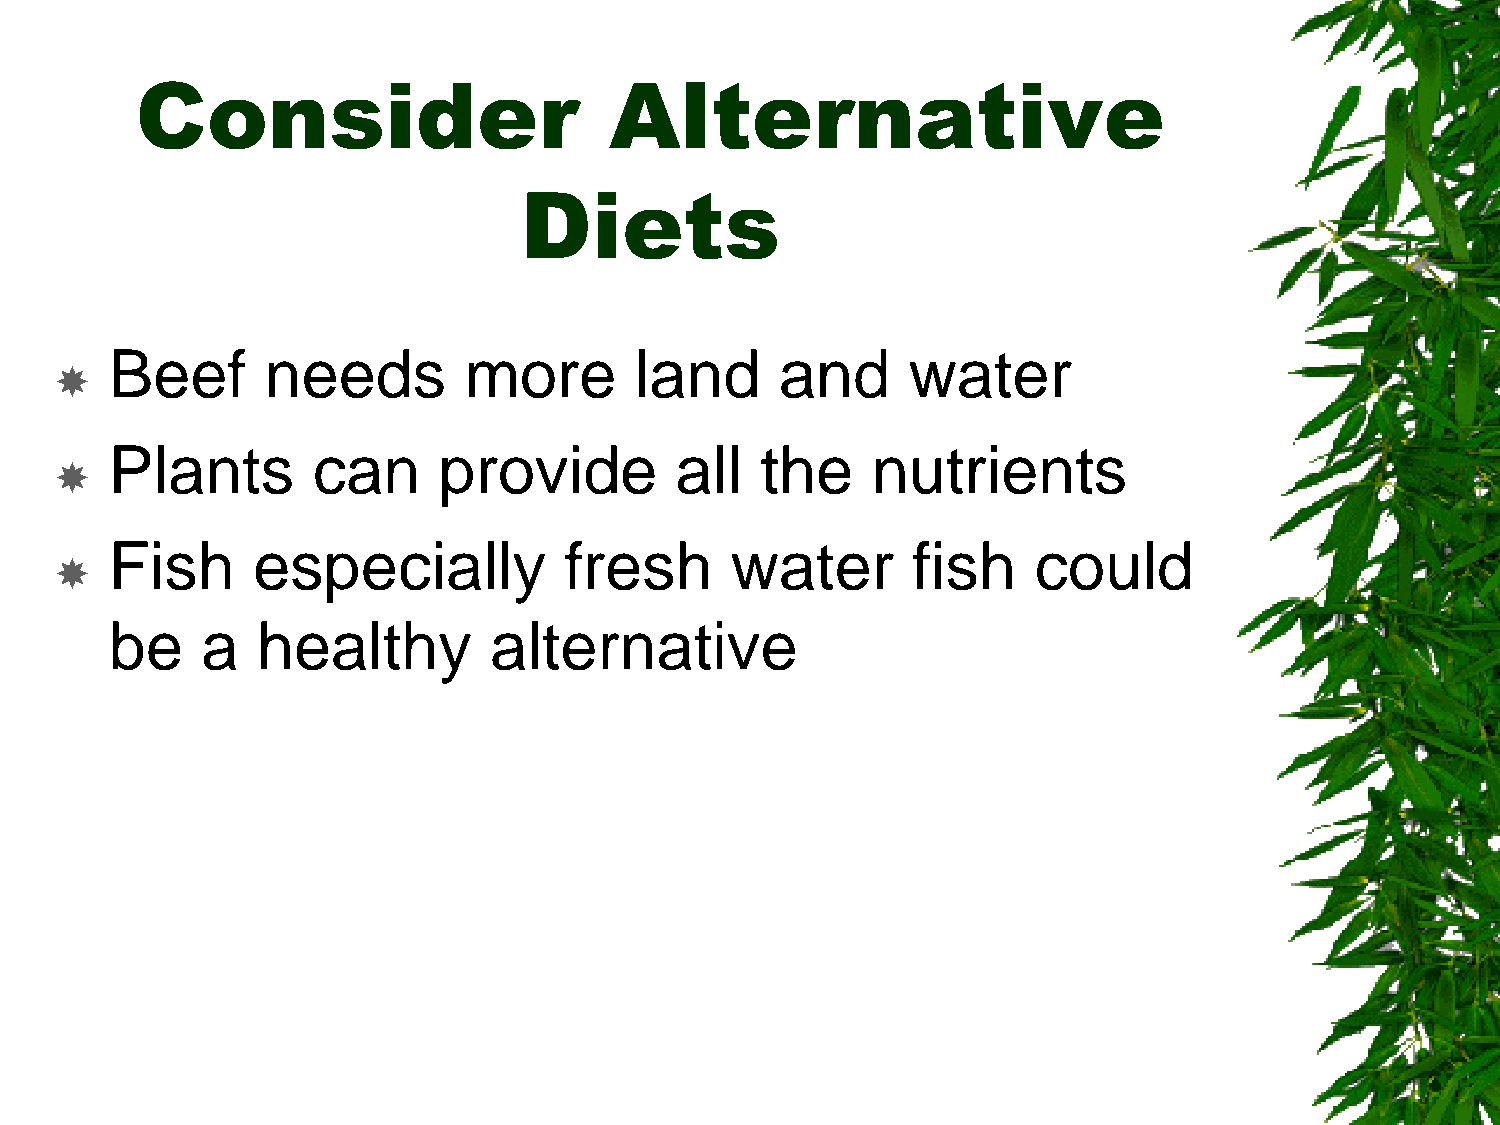
Consider                       Alternative
 Diets
 Beef       needs        more       land      and     water
 
 Plants        can     provide         all  the     nutrients
 
 Fish      especially          fresh      water       fish    could
 
 be    a   healthy        alternative